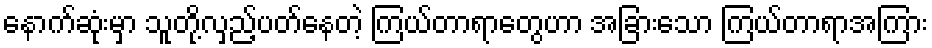
နောက်ဆုံးမှာ သူတို့လှည့်ပတ်နေတဲ့ ကြယ်တာရာတွေဟာ အခြားသော ကြယ်တာရာအကြား